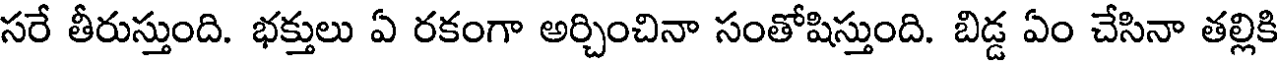
సరే తీరుస్తుంది. భక్తులు ఏ రకంగా అర్చించినా సంతోషిస్తుంది. బిడ్డ ఏం చేసినా తల్లికి